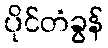
ပိုင်တံခွန်